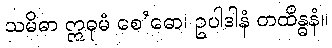
သမိဓာ ဣဓုမံ စေ’ဓော၊ ဥပါဒါနံ တထိန္ဓနံ။